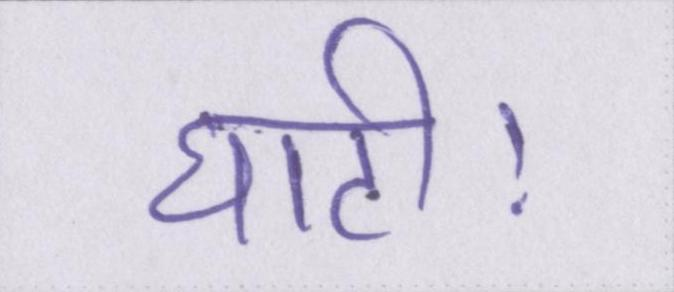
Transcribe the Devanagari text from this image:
घाटी।